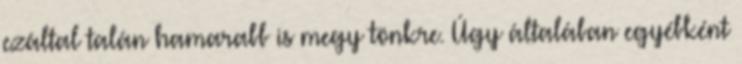
ezáltal talán hamarabb is megy tönkre. Úgy általában egyébként